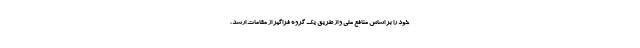
خود را بر اساس منافع ملی و از طریق یک گروه فراگیر از مقامات ارشد،